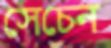
সেচেন